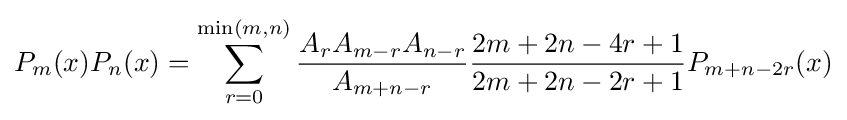
P_{m}(x)P_{n}(x)=\sum _{r=0}^{\min(m,n)}{\frac {A_{r}A_{m-r}A_{n-r}}{A_{m+n-r}}}{\frac {2m+2n-4r+1}{2m+2n-2r+1}}P_{m+n-2r}(x)